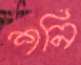
শনি